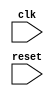
module synchronous_reset (
    input wire clk,
    input wire reset,
    // other input/output declarations
);

always @ (posedge clk or negedge reset)
begin
    if (reset == 1'b0)
    begin
        // perform actions for synchronous reset
    end
end

endmodule